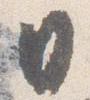
日